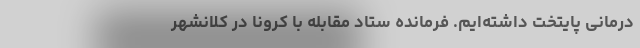
درمانی پایتخت داشته‌ایم. فرمانده ستاد مقابله با کرونا در کلانشهر